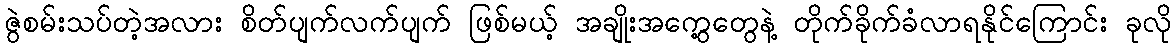
ဇွဲစမ်းသပ်တဲ့အလား စိတ်ပျက်လက်ပျက် ဖြစ်မယ့် အချိုးအကွေ့တွေနဲ့ တိုက်ခိုက်ခံလာရနိုင်ကြောင်း ခုလို